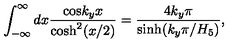
\int _ { - \infty } ^ { \infty } d x { \frac { \mathrm { c o s } { k _ { y } x } } { \mathrm { c o s h } ^ { 2 } ( x / 2 ) } } = { \frac { 4 k _ { y } \pi } { \mathrm { s i n h } ( k _ { y } \pi / H _ { 5 } ) } } ,